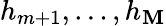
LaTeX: h_{m+1},\dots,h_{\mathbf{M}}